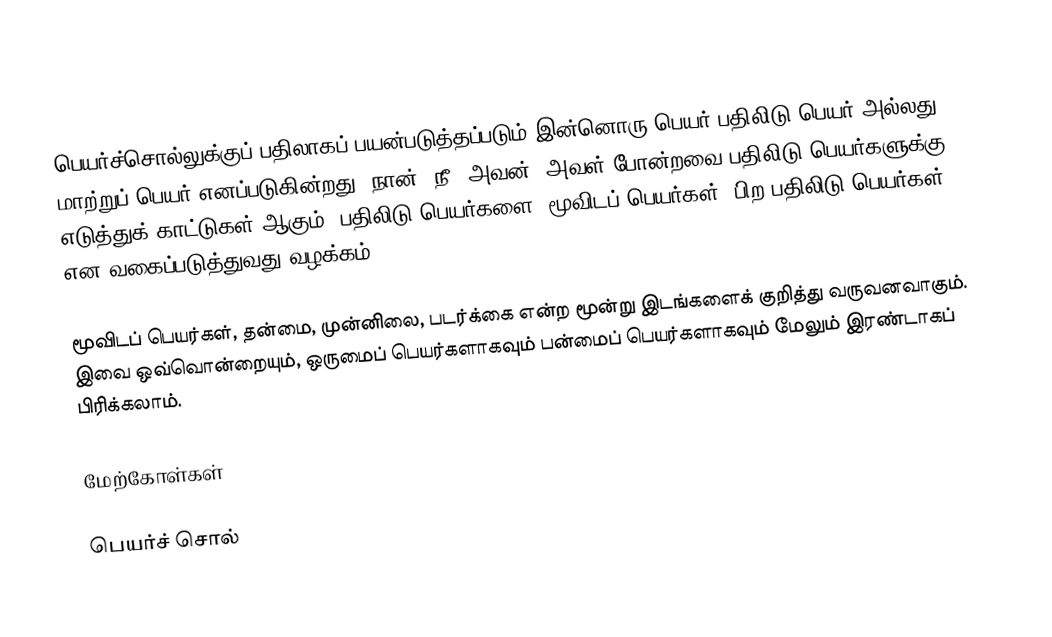
பெயர்ச்சொல்லுக்குப் பதிலாகப் பயன்படுத்தப்படும் இன்னொரு பெயர் பதிலிடு பெயர் அல்லது மாற்றுப் பெயர் எனப்படுகின்றது. நான், நீ, அவன், அவள் போன்றவை பதிலிடு பெயர்களுக்கு எடுத்துக் காட்டுகள் ஆகும். பதிலிடு பெயர்களை, மூவிடப் பெயர்கள், பிற பதிலிடு பெயர்கள் என வகைப்படுத்துவது வழக்கம்.

மூவிடப் பெயர்கள், தன்மை, முன்னிலை, படர்க்கை என்ற மூன்று இடங்களைக் குறித்து வருவனவாகும். இவை ஒவ்வொன்றையும், ஒருமைப் பெயர்களாகவும் பன்மைப் பெயர்களாகவும் மேலும் இரண்டாகப் பிரிக்கலாம்.

மேற்கோள்கள்

பெயர்ச் சொல்